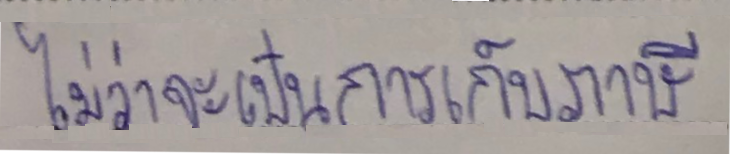
ไม่ว่าจะเป็นการเก็บภาษี